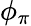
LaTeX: \phi_{\pi}